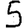
Digit: 5